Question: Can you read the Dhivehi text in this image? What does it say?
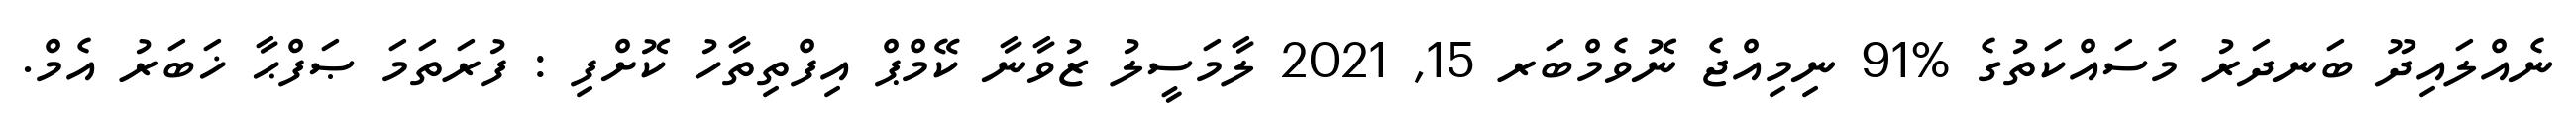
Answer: ނެއްލައިދޫ ބަނދަރު މަސައްކަތުގެ %91 ނިމިއްޖެ ނޮވެމްބަރ 15, 2021 ލާމަސީލު ޒުވާނާ ކޭމްޕް އިފްތިތާހު ކޮށްފި : ފުރަތަމަ ޞަފްޙާ ޚަބަރު އެމް.